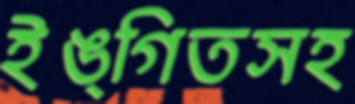
ইঙ্গিতসহ